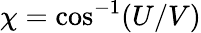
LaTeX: \chi=\cos^{-1}(U/V)